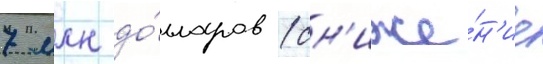
7 млн до́лларов (сн'иже́н'ие